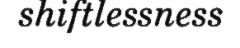
shiftlessness